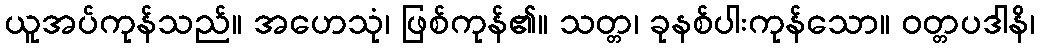
ယူအပ်ကုန်သည်။ အဟေသုံ၊ ဖြစ်ကုန်၏။ သတ္တ၊ ခုနစ်ပါးကုန်သော။ ဝတ္တပဒါနိ၊